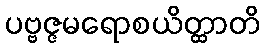
ပဗ္ဗဇ္ဇမရောစယိတ္ထာတိ